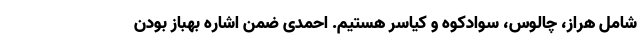
شامل هراز، چالوس، سوادکوه و کیاسر هستیم. احمدی ضمن اشاره بهباز بودن